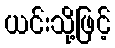
ယင်းသို့ဖြင့်